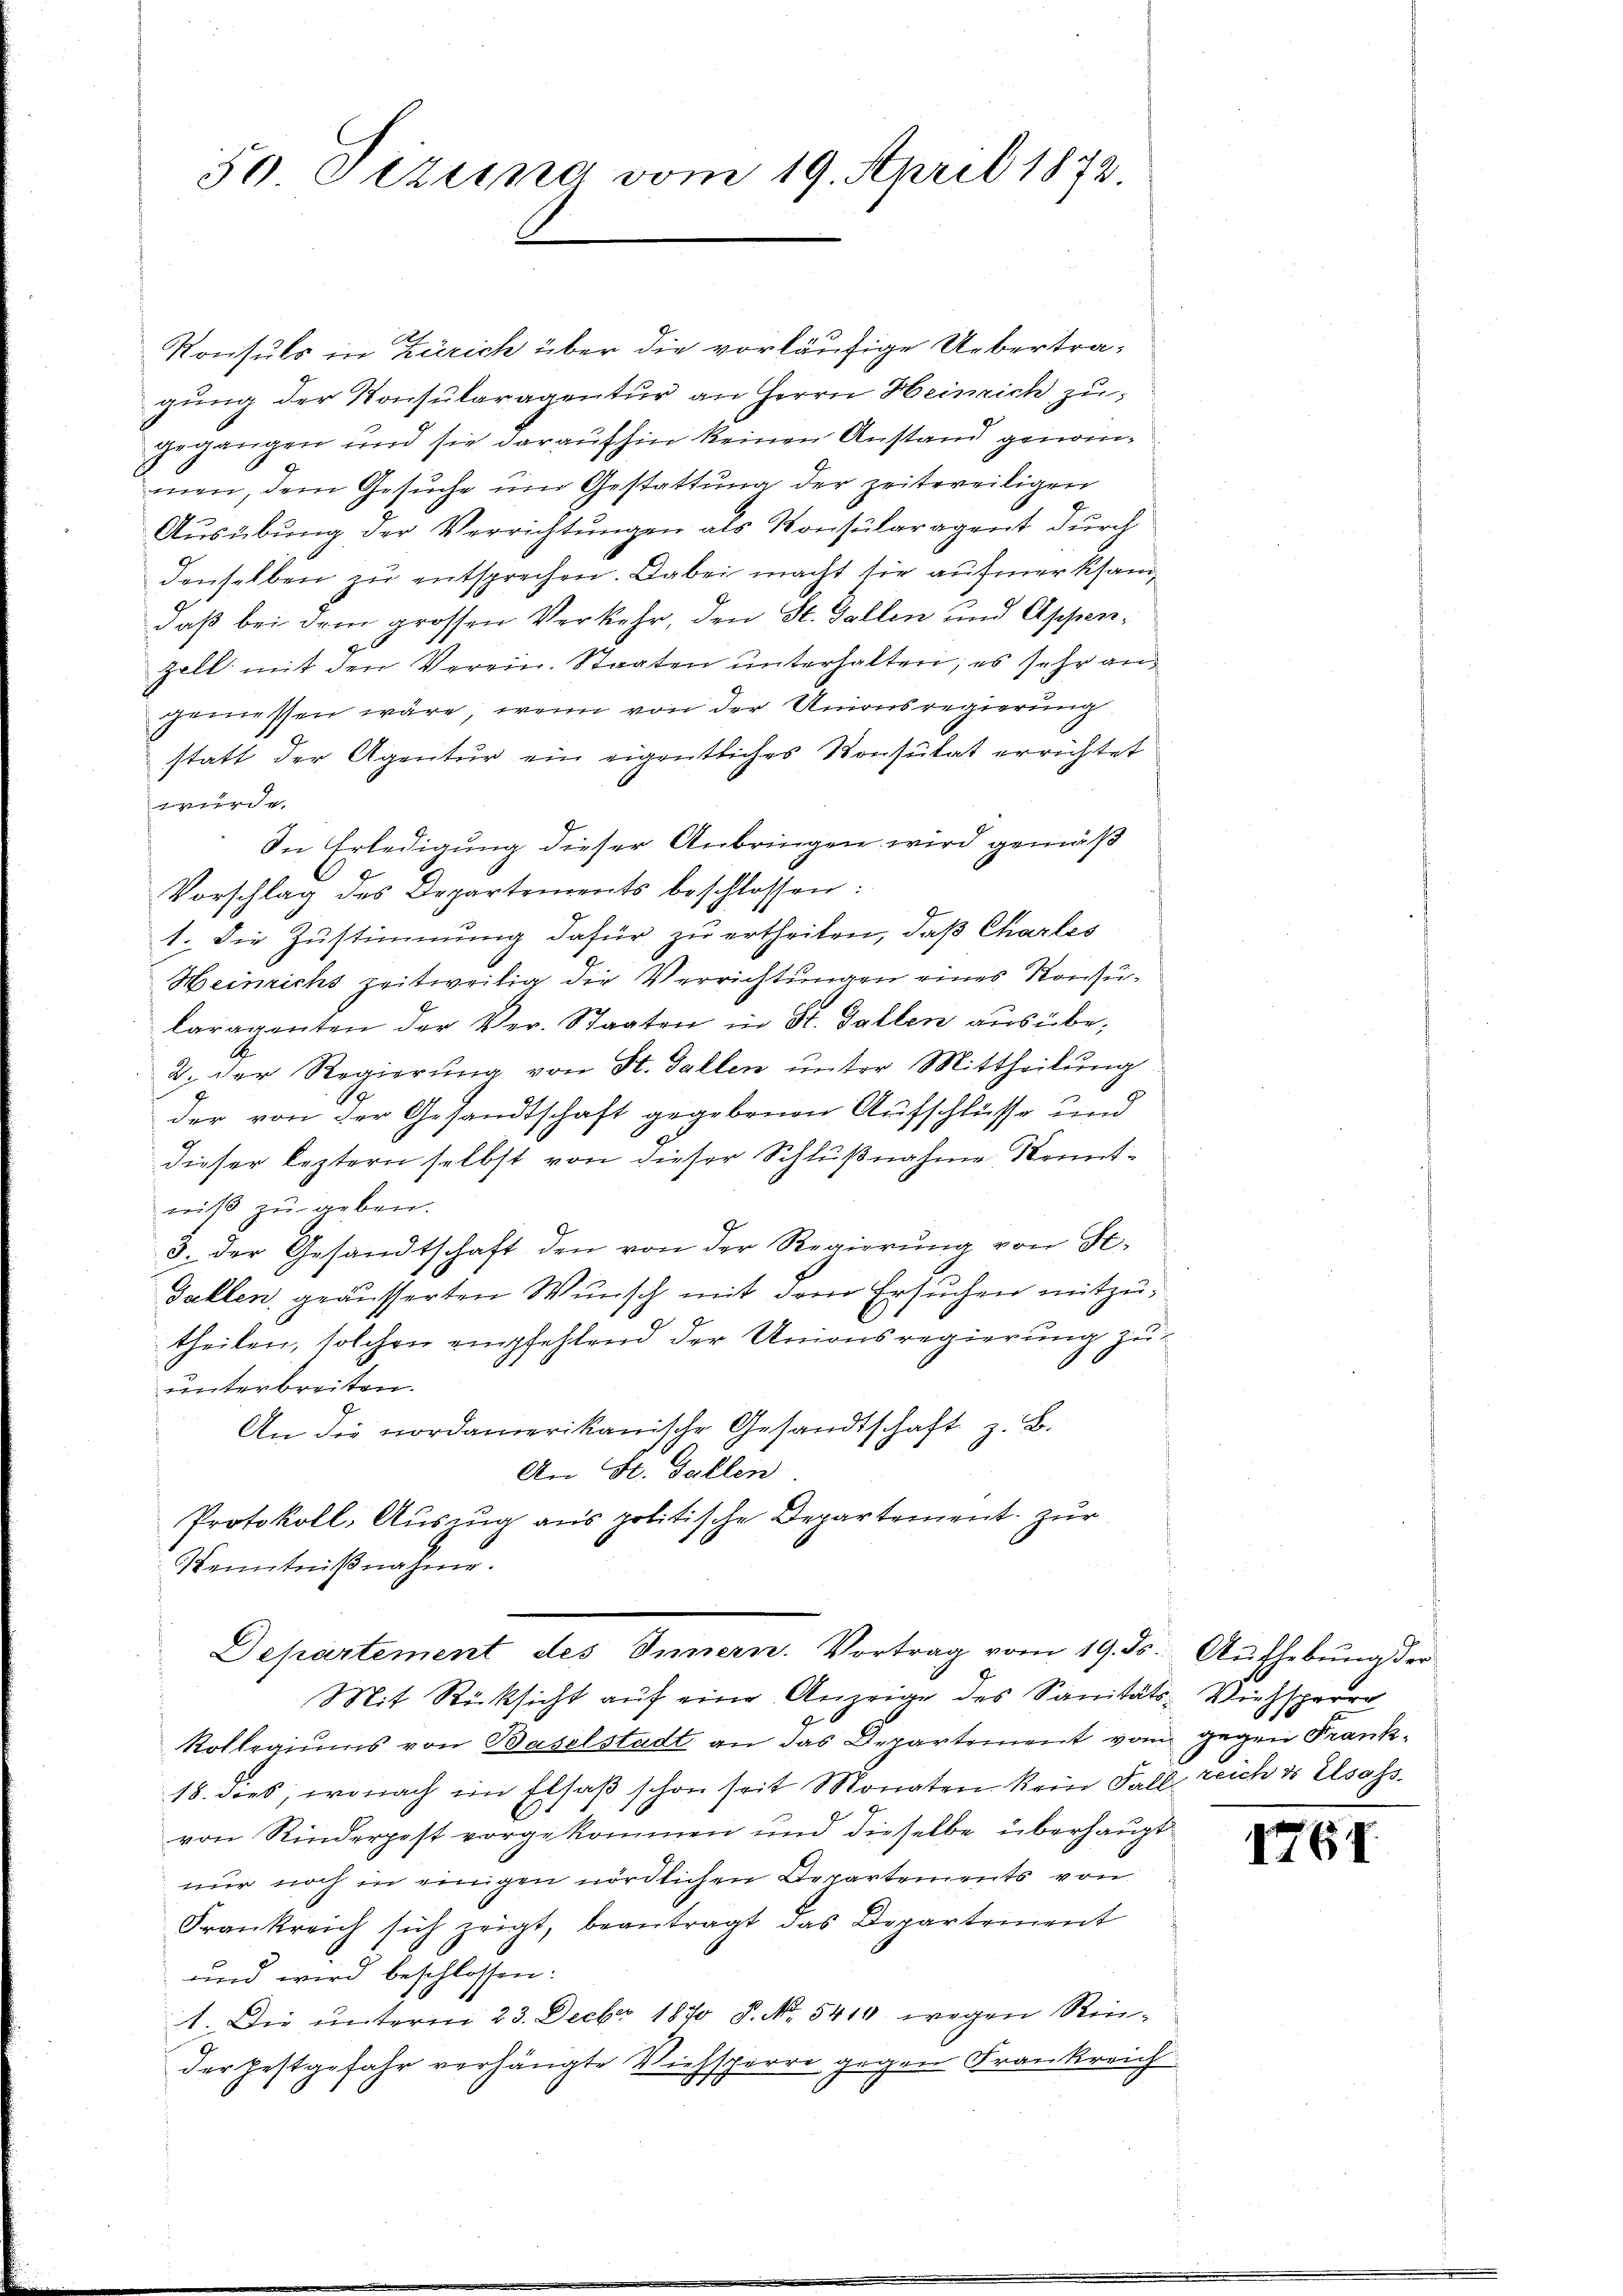
50 Tizung vom 19. April 1873.

2
Ronsuls in Zürich über die vorläufige Uebertragung der Konsularagentur an Herrn Heinrich zu
gegangen und sie daraufhin keinen Anstand genommen, dem Gesuche um Gestattung der zeitweiligen
Ausübung der Verrichtungen als Konsularagent durch
denselben zu entsprechen. Dabei macht sie aufmerksamdaß bei dem grossen Verkehr, den St. Gallen und Appenzell mit den Verein. Staaten unterhalten; es sehr angemessen wäre, wenn von der Unionsregierung
statt der Agentur ein eigentliches Konsulat errichtet
e
In Erledigung dieser Anbringen wird gemäß
Vorschlag des Departements beschlossen:
1. Die Zustimmung dafür zu ertheilen, daß Charles
Heinrichs zeitweilig die Verrichtungen eines Konsularagenten der Ver- Staaten in St. Gallen ausübe,
2. der Regierŭng von St. Gallen ŭnter Mittheilŭng
der von der Gesandtschaft gegebenen Aufschlüsse und
dieser leztern selbst von dieser Schlußnahme Kenntniß zu geben.
3. der Gesandtschaft den von der Regierŭng von St.
Gallen, geäusserten Wunsch mit dem Ersuchen mitzutheilen, solchen empfehlend der Unionsregierung zu
unterbreiten.
An die nordamerikanische Gesandtschaft z. B.
An St. Gallen.
Protokoll: Auszug aus politische Departement zur
Kenntniβnahme.
Departement des Innern. Vortrag vom 19. ds. Aŭfhebung der
Mit Rücksicht auf eine Anzeige des Sanitäts-Viehsperre
Rollegiums von Baselstadt an das Departement von gegen Frank¬
18. dies, wonach im Elsaß schon seit Monaten kein Fall reich ds Elsass.
von Rinderpest vorgekommen und dieselbe überhaupt
nur noch in einigen nördlichen Departements von
Frankreich sich zeigt, beantragt das Departement
und wird beschlossen:
1. Die unterm 23. Decbr 1870 P. No. 5410 wegen Reider festgefahr verhängte Viehsperre gegen Frankreich

1761